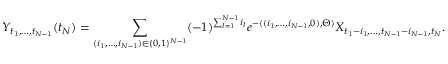
Y _ { t _ { 1 } , \dots , t _ { N - 1 } } ( t _ { N } ) = \sum _ { ( i _ { 1 } , \dots , i _ { N - 1 } ) \in \{ 0 , 1 \} ^ { N - 1 } } ( - 1 ) ^ { \sum _ { l = 1 } ^ { N - 1 } i _ { l } } e ^ { - \langle ( i _ { 1 } , \dots , i _ { N - 1 } , 0 ) , \Theta \rangle } X _ { { t _ { 1 } - i _ { 1 } } , \dots , t _ { N - 1 } - i _ { N - 1 } , { t _ { N } } } .